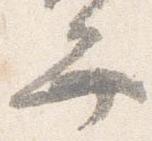
弁